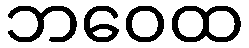
ဘဝေထ